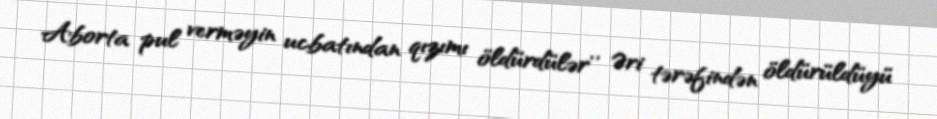
Aborta pul verməyin ucbatından qızımı öldürdülər'' Əri tərəfindən öldürüldüyü